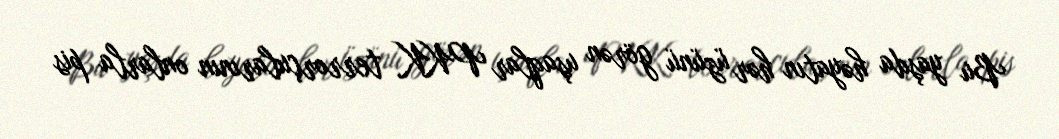
Bu yaşda həyatın hər üzünü görən uşaqlar PKK terrorçularının onlarla pis